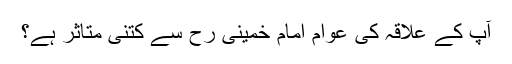
آپ کے علاقہ کی عوام امام خمینی رح سے کتنی متاثر ہے؟